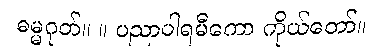
ဓမ္မဂုတ်။ ။ ပညာပါရမီကော ကိုယ်တော်။